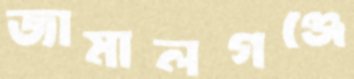
জামালগঞ্জে